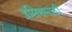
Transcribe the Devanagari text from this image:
इसिससाठी